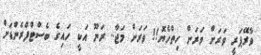
ވާރޭޕަރީ ވަރަށް ވަރަށް ހިތްހެޔޮ!! ވަރަށް މަޖާ.. ރަނޫ އަކީ ހައިގެ ބެސްޓްފްރެންޑަށް